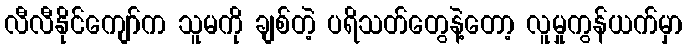
လီလီနိုင်ကျော်က သူမကို ချစ်တဲ့ ပရိသတ်တွေနဲ့တော့ လူမှုကွန်ယက်မှာ